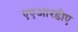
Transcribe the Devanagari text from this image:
एएआरडीए